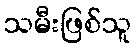
သမီးဖြစ်သူ